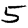
Digit: 5